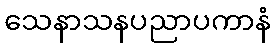
သေနာသနပညာပကာနံ